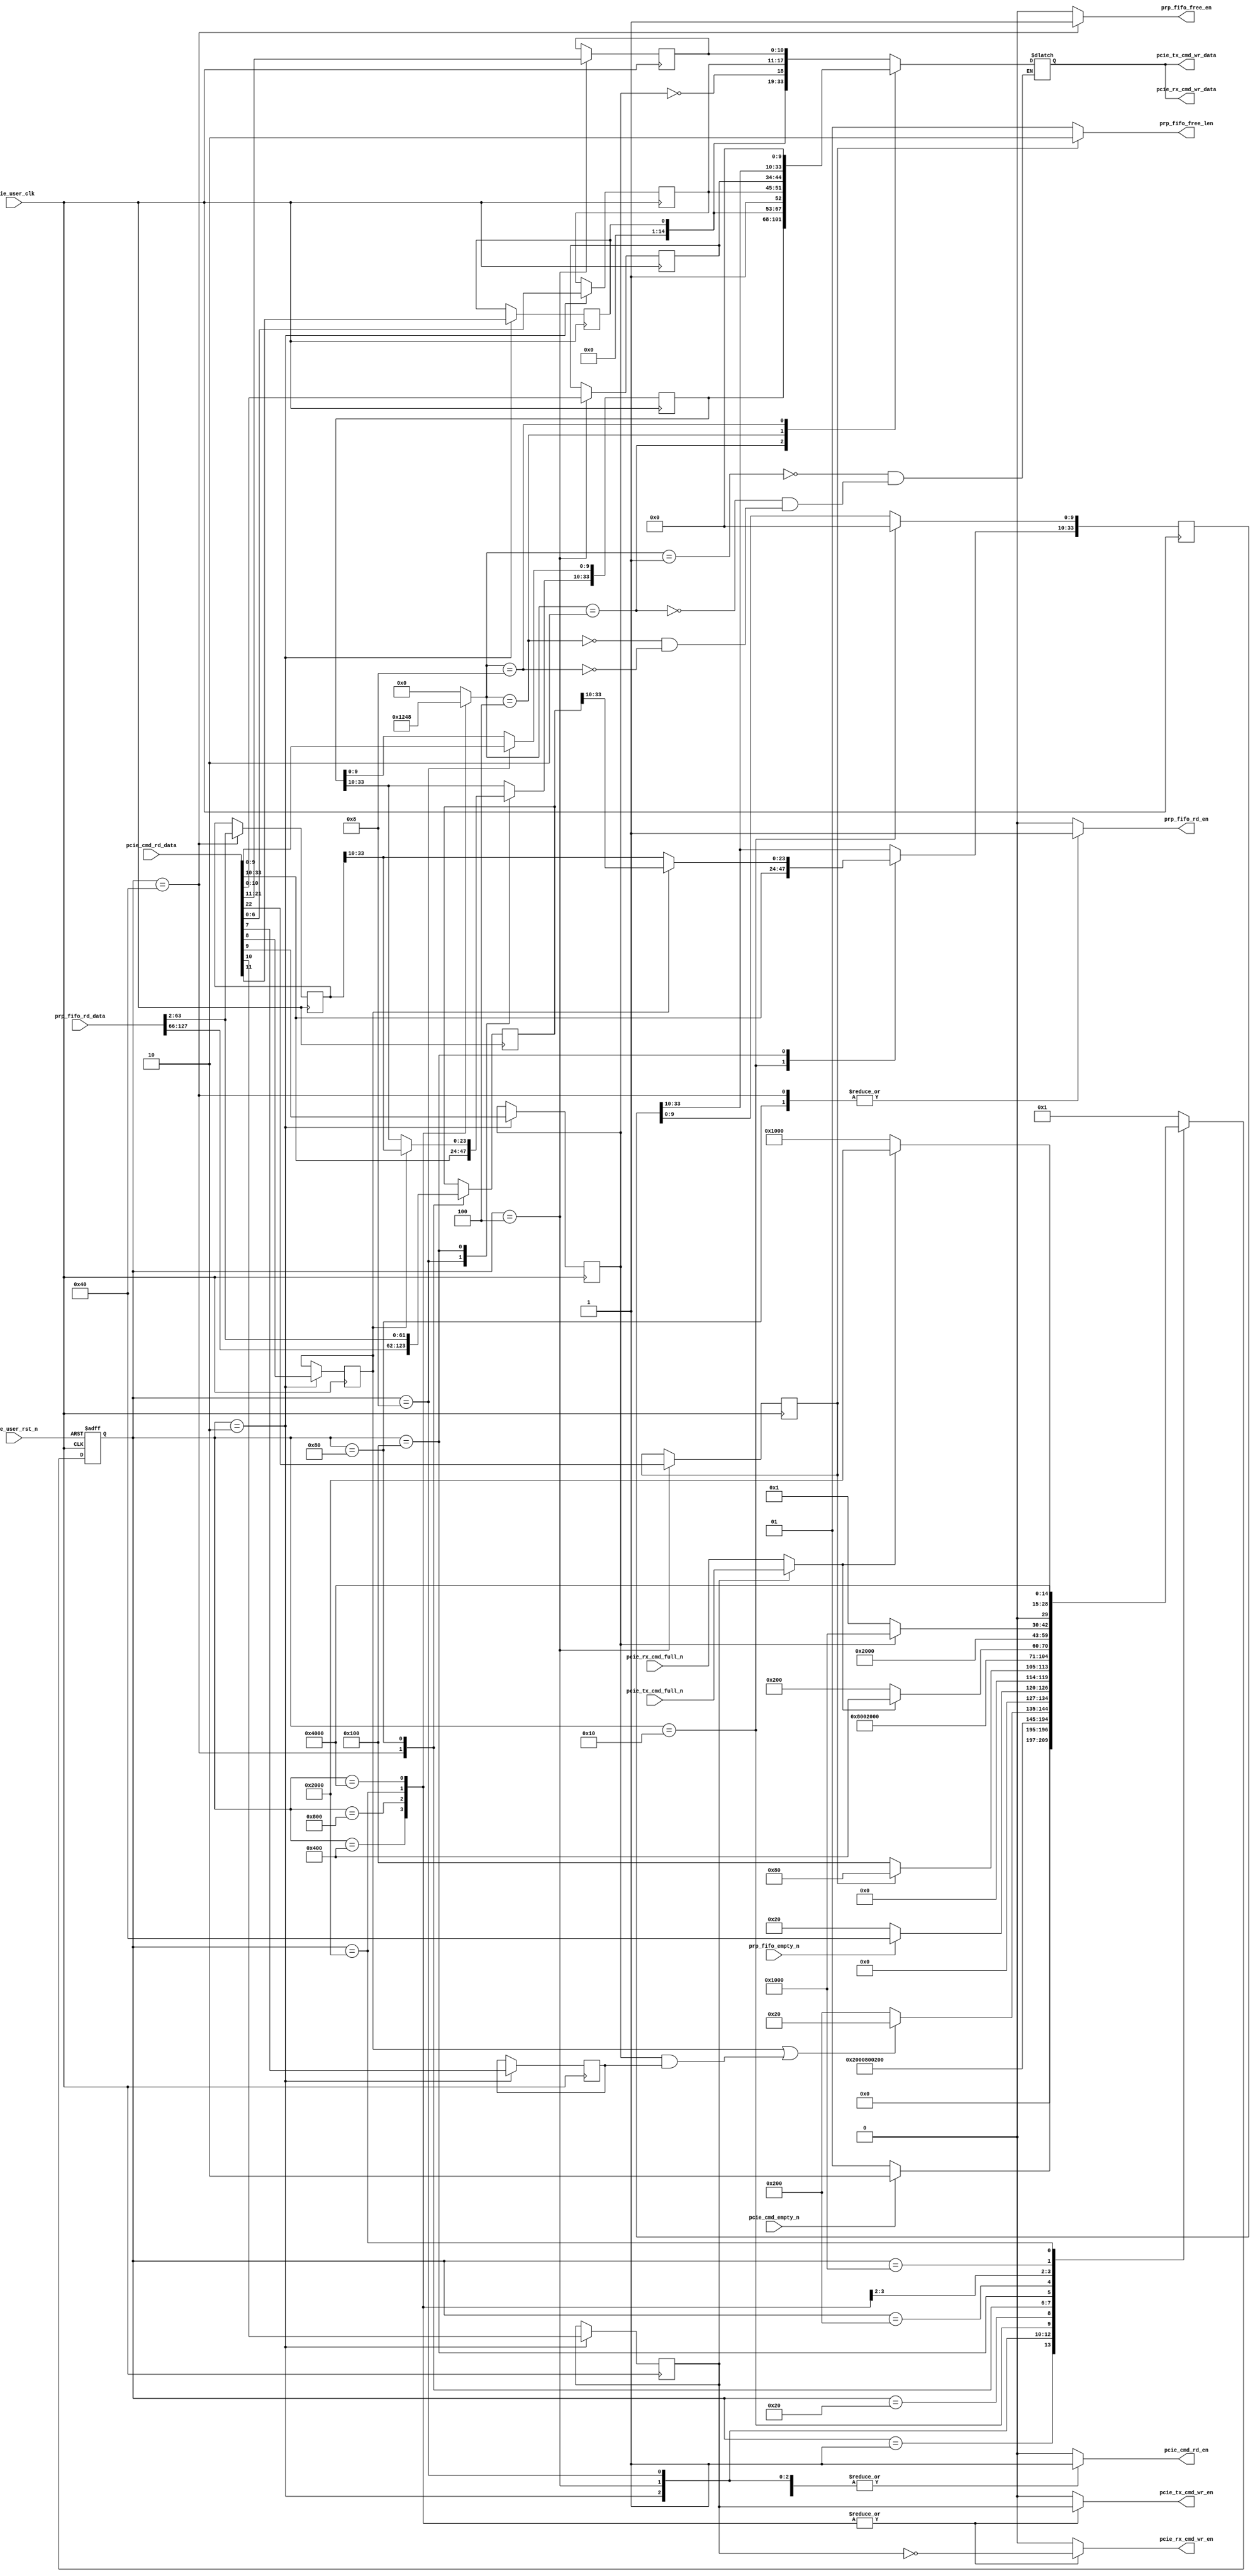

/*
----------------------------------------------------------------------------------
Copyright (c) 2013-2014

  Embedded and Network Computing Lab.
  Open SSD Project
  Hanyang University

All rights reserved.

----------------------------------------------------------------------------------

Redistribution and use in source and binary forms, with or without
modification, are permitted provided that the following conditions are
met:

  1. Redistributions of source code must retain the above copyright
     notice, this list of conditions and the following disclaimer.

  2. Redistributions in binary form must reproduce the above copyright
     notice, this list of conditions and the following disclaimer in the
     documentation and/or other materials provided with the distribution.

  3. All advertising materials mentioning features or use of this source code
     must display the following acknowledgement:
     This product includes source code developed 
     by the Embedded and Network Computing Lab. and the Open SSD Project.

THIS SOFTWARE IS PROVIDED BY THE COPYRIGHT HOLDERS AND CONTRIBUTORS "AS IS" AND
ANY EXPRESS OR IMPLIED WARRANTIES, INCLUDING, BUT NOT LIMITED TO, THE IMPLIED
WARRANTIES OF MERCHANTABILITY AND FITNESS FOR A PARTICULAR PURPOSE ARE
DISCLAIMED. IN NO EVENT SHALL THE COPYRIGHT OWNER OR CONTRIBUTORS BE LIABLE FOR
ANY DIRECT, INDIRECT, INCIDENTAL, SPECIAL, EXEMPLARY, OR CONSEQUENTIAL DAMAGES
(INCLUDING, BUT NOT LIMITED TO, PROCUREMENT OF SUBSTITUTE GOODS OR SERVICES;
LOSS OF USE, DATA, OR PROFITS; OR BUSINESS INTERRUPTION) HOWEVER CAUSED AND
ON ANY THEORY OF LIABILITY, WHETHER IN CONTRACT, STRICT LIABILITY, OR TORT
(INCLUDING NEGLIGENCE OR OTHERWISE) ARISING IN ANY WAY OUT OF THE USE OF THIS
SOFTWARE, EVEN IF ADVISED OF THE POSSIBILITY OF SUCH DAMAGE.

----------------------------------------------------------------------------------

http://enclab.hanyang.ac.kr/
http://www.openssd-project.org/
http://www.hanyang.ac.kr/

----------------------------------------------------------------------------------
*/


`timescale 1ns / 1ps

module pcie_dma_cmd_gen # (
	parameter	C_PCIE_DATA_WIDTH			= 128,
	parameter	C_PCIE_ADDR_WIDTH			= 36
)
(
	input									pcie_user_clk,
	input									pcie_user_rst_n,

	output									pcie_cmd_rd_en,
	input	[33:0]							pcie_cmd_rd_data,
	input									pcie_cmd_empty_n,

	output									prp_fifo_rd_en,
	input	[C_PCIE_DATA_WIDTH-1:0]			prp_fifo_rd_data,
	output									prp_fifo_free_en,
	output	[5:4]							prp_fifo_free_len,
	input									prp_fifo_empty_n,

	output									pcie_rx_cmd_wr_en,
	output	[33:0]							pcie_rx_cmd_wr_data,
	input									pcie_rx_cmd_full_n,

	output									pcie_tx_cmd_wr_en,
	output	[33:0]							pcie_tx_cmd_wr_data,
	input									pcie_tx_cmd_full_n
);

localparam	S_IDLE							= 15'b000000000000001;
localparam	S_CMD0							= 15'b000000000000010;
localparam	S_CMD1							= 15'b000000000000100;
localparam	S_CMD2							= 15'b000000000001000;
localparam	S_CMD3							= 15'b000000000010000;
localparam	S_CHECK_PRP_FIFO				= 15'b000000000100000;
localparam	S_RD_PRP0						= 15'b000000001000000;
localparam	S_RD_PRP1						= 15'b000000010000000;
localparam	S_PCIE_PRP						= 15'b000000100000000;
localparam	S_CHECK_PCIE_CMD_FIFO0			= 15'b000001000000000;
localparam	S_PCIE_CMD0						= 15'b000010000000000;
localparam	S_PCIE_CMD1						= 15'b000100000000000;
localparam	S_CHECK_PCIE_CMD_FIFO1			= 15'b001000000000000;
localparam	S_PCIE_CMD2						= 15'b010000000000000;
localparam	S_PCIE_CMD3						= 15'b100000000000000;

reg		[14:0]								cur_state;
reg		[14:0]								next_state;

reg											r_dma_cmd_type;
reg											r_dma_cmd_dir;
reg											r_2st_valid;
reg											r_1st_mrd_need;
reg											r_2st_mrd_need;
reg		[6:0]								r_hcmd_slot_tag;
reg											r_pcie_rcb_cross;
reg		[12:2]								r_1st_4b_len;
reg		[12:2]								r_2st_4b_len;
reg		[C_PCIE_ADDR_WIDTH-1:2]				r_hcmd_prp_1;
reg		[C_PCIE_ADDR_WIDTH-1:2]				r_hcmd_prp_2;
reg		[63:2]								r_prp_1;
reg		[63:2]								r_prp_2;

reg											r_pcie_cmd_rd_en;

reg											r_prp_fifo_rd_en;
reg											r_prp_fifo_free_en;

reg											r_pcie_rx_cmd_wr_en;
reg											r_pcie_tx_cmd_wr_en;
reg		[3:0]								r_pcie_cmd_wr_data_sel;
reg		[33:0]								r_pcie_cmd_wr_data;

wire										w_pcie_cmd_full_n;

assign pcie_cmd_rd_en = r_pcie_cmd_rd_en;

assign prp_fifo_rd_en = r_prp_fifo_rd_en;
assign prp_fifo_free_en = r_prp_fifo_free_en;
assign prp_fifo_free_len = (r_pcie_rcb_cross == 0) ? 2'b01 : 2'b10;

assign pcie_rx_cmd_wr_en = r_pcie_rx_cmd_wr_en;
assign pcie_rx_cmd_wr_data = r_pcie_cmd_wr_data;
assign pcie_tx_cmd_wr_en = r_pcie_tx_cmd_wr_en;
assign pcie_tx_cmd_wr_data = r_pcie_cmd_wr_data;

always @ (posedge pcie_user_clk or negedge pcie_user_rst_n)
begin
	if(pcie_user_rst_n == 0)
		cur_state <= S_IDLE;
	else
		cur_state <= next_state;
end

assign w_pcie_cmd_full_n = (r_dma_cmd_dir == 1'b1) ? pcie_tx_cmd_full_n : pcie_rx_cmd_full_n;

always @ (*)
begin
	case(cur_state)
		S_IDLE: begin
			if(pcie_cmd_empty_n == 1'b1)
				next_state <= S_CMD0;
			else
				next_state <= S_IDLE;
		end
		S_CMD0: begin
			next_state <= S_CMD1;
		end
		S_CMD1: begin
			next_state <= S_CMD2;
		end
		S_CMD2: begin
			next_state <= S_CMD3;
		end
		S_CMD3: begin
			if((r_1st_mrd_need | (r_2st_valid & r_2st_mrd_need)) == 1'b1)
				next_state <= S_CHECK_PRP_FIFO;
			else
				next_state <= S_CHECK_PCIE_CMD_FIFO0;
		end
		S_CHECK_PRP_FIFO: begin
			if(prp_fifo_empty_n == 1)
				next_state <= S_RD_PRP0;
			else
				next_state <= S_CHECK_PRP_FIFO;
		end
		S_RD_PRP0: begin
			if(r_pcie_rcb_cross == 1)
				next_state <= S_RD_PRP1;
			else
				next_state <= S_PCIE_PRP;
		end
		S_RD_PRP1: begin
			next_state <= S_PCIE_PRP;
		end
		S_PCIE_PRP: begin
			next_state <= S_CHECK_PCIE_CMD_FIFO0;
		end
		S_CHECK_PCIE_CMD_FIFO0: begin
			if(w_pcie_cmd_full_n == 1'b1)
				next_state <= S_PCIE_CMD0;
			else
				next_state <= S_CHECK_PCIE_CMD_FIFO0;
		end
		S_PCIE_CMD0: begin
			next_state <= S_PCIE_CMD1;
		end
		S_PCIE_CMD1: begin
			if(r_2st_valid == 1'b1)
				next_state <= S_CHECK_PCIE_CMD_FIFO1;
			else
				next_state <= S_IDLE;
		end
		S_CHECK_PCIE_CMD_FIFO1: begin
			if(w_pcie_cmd_full_n == 1'b1)
				next_state <= S_PCIE_CMD2;
			else
				next_state <= S_CHECK_PCIE_CMD_FIFO1;
		end
		S_PCIE_CMD2: begin
			next_state <= S_PCIE_CMD3;
		end
		S_PCIE_CMD3: begin
			next_state <= S_IDLE;
		end
		default: begin
			next_state <= S_IDLE;
		end
	endcase
end

always @ (posedge pcie_user_clk)
begin
	case(cur_state)
		S_IDLE: begin

		end
		S_CMD0: begin
			r_dma_cmd_type <= pcie_cmd_rd_data[11];
			r_dma_cmd_dir <= pcie_cmd_rd_data[10];
			r_2st_valid <= pcie_cmd_rd_data[9];
			r_1st_mrd_need <= pcie_cmd_rd_data[8];
			r_2st_mrd_need <= pcie_cmd_rd_data[7];
			r_hcmd_slot_tag <= pcie_cmd_rd_data[6:0];
		end
		S_CMD1: begin
			r_pcie_rcb_cross <= pcie_cmd_rd_data[22];
			r_1st_4b_len <= pcie_cmd_rd_data[21:11];
			r_2st_4b_len <= pcie_cmd_rd_data[10:0];
		end
		S_CMD2: begin
			r_hcmd_prp_1 <= pcie_cmd_rd_data[33:0];
		end
		S_CMD3: begin
			r_hcmd_prp_2 <= {pcie_cmd_rd_data[33:10], 10'b0};
		end
		S_CHECK_PRP_FIFO: begin

		end
		S_RD_PRP0: begin
			r_prp_1 <= prp_fifo_rd_data[63:2];
			r_prp_2 <= prp_fifo_rd_data[127:66];
		end
		S_RD_PRP1: begin
			r_prp_2 <= prp_fifo_rd_data[63:2];
		end
		S_PCIE_PRP: begin
			if(r_1st_mrd_need == 1) begin
				r_hcmd_prp_1[C_PCIE_ADDR_WIDTH-1:12] <= r_prp_1[C_PCIE_ADDR_WIDTH-1:12];
				r_hcmd_prp_2[C_PCIE_ADDR_WIDTH-1:12] <= r_prp_2[C_PCIE_ADDR_WIDTH-1:12];
			end
			else begin
				r_hcmd_prp_2[C_PCIE_ADDR_WIDTH-1:12] <= r_prp_1[C_PCIE_ADDR_WIDTH-1:12];
			end
		end
		S_CHECK_PCIE_CMD_FIFO0: begin

		end
		S_PCIE_CMD0: begin

		end
		S_PCIE_CMD1: begin

		end
		S_CHECK_PCIE_CMD_FIFO1: begin

		end
		S_PCIE_CMD2: begin

		end
		S_PCIE_CMD3: begin

		end
		default: begin

		end
	endcase
end

always @ (*)
begin
	case(r_pcie_cmd_wr_data_sel)  // synthesis parallel_case full_case
		4'b0001: r_pcie_cmd_wr_data <= {14'b0, r_dma_cmd_type, ~r_2st_valid, r_hcmd_slot_tag, r_1st_4b_len};
		4'b0010: r_pcie_cmd_wr_data <= r_hcmd_prp_1;
		4'b0100: r_pcie_cmd_wr_data <= {14'b0, r_dma_cmd_type, 1'b1, r_hcmd_slot_tag, r_2st_4b_len};
		4'b1000: r_pcie_cmd_wr_data <= {r_hcmd_prp_2[C_PCIE_ADDR_WIDTH-1:12], 10'b0};
	endcase
end

always @ (*)
begin
	case(cur_state)
		S_IDLE: begin
			r_pcie_cmd_rd_en <= 0;
			r_prp_fifo_rd_en <= 0;
			r_prp_fifo_free_en <= 0;
			r_pcie_rx_cmd_wr_en <= 0;
			r_pcie_tx_cmd_wr_en <= 0;
			r_pcie_cmd_wr_data_sel <= 4'b0000;
		end
		S_CMD0: begin
			r_pcie_cmd_rd_en <= 1;
			r_prp_fifo_rd_en <= 0;
			r_prp_fifo_free_en <= 0;
			r_pcie_rx_cmd_wr_en <= 0;
			r_pcie_tx_cmd_wr_en <= 0;
			r_pcie_cmd_wr_data_sel <= 4'b0000;
		end
		S_CMD1: begin
			r_pcie_cmd_rd_en <= 1;
			r_prp_fifo_rd_en <= 0;
			r_prp_fifo_free_en <= 0;
			r_pcie_rx_cmd_wr_en <= 0;
			r_pcie_tx_cmd_wr_en <= 0;
			r_pcie_cmd_wr_data_sel <= 4'b0000;
		end
		S_CMD2: begin
			r_pcie_cmd_rd_en <= 1;
			r_prp_fifo_rd_en <= 0;
			r_prp_fifo_free_en <= 0;
			r_pcie_rx_cmd_wr_en <= 0;
			r_pcie_tx_cmd_wr_en <= 0;
			r_pcie_cmd_wr_data_sel <= 4'b0000;
		end
		S_CMD3: begin
			r_pcie_cmd_rd_en <= 1;
			r_prp_fifo_rd_en <= 0;
			r_prp_fifo_free_en <= 0;
			r_pcie_rx_cmd_wr_en <= 0;
			r_pcie_tx_cmd_wr_en <= 0;
			r_pcie_cmd_wr_data_sel <= 4'b0000;
		end
		S_CHECK_PRP_FIFO: begin
			r_pcie_cmd_rd_en <= 0;
			r_prp_fifo_rd_en <= 0;
			r_prp_fifo_free_en <= 0;
			r_pcie_rx_cmd_wr_en <= 0;
			r_pcie_tx_cmd_wr_en <= 0;
			r_pcie_cmd_wr_data_sel <= 4'b0000;
		end
		S_RD_PRP0: begin
			r_pcie_cmd_rd_en <= 0;
			r_prp_fifo_rd_en <= 1;
			r_prp_fifo_free_en <= 1;
			r_pcie_rx_cmd_wr_en <= 0;
			r_pcie_tx_cmd_wr_en <= 0;
			r_pcie_cmd_wr_data_sel <= 4'b0000;
		end
		S_RD_PRP1: begin
			r_pcie_cmd_rd_en <= 0;
			r_prp_fifo_rd_en <= 1;
			r_prp_fifo_free_en <= 0;
			r_pcie_rx_cmd_wr_en <= 0;
			r_pcie_tx_cmd_wr_en <= 0;
			r_pcie_cmd_wr_data_sel <= 4'b0000;
		end
		S_PCIE_PRP: begin
			r_pcie_cmd_rd_en <= 0;
			r_prp_fifo_rd_en <= 0;
			r_prp_fifo_free_en <= 0;
			r_pcie_rx_cmd_wr_en <= 0;
			r_pcie_tx_cmd_wr_en <= 0;
			r_pcie_cmd_wr_data_sel <= 4'b0000;
		end
		S_CHECK_PCIE_CMD_FIFO0: begin
			r_pcie_cmd_rd_en <= 0;
			r_prp_fifo_rd_en <= 0;
			r_prp_fifo_free_en <= 0;
			r_pcie_rx_cmd_wr_en <= 0;
			r_pcie_tx_cmd_wr_en <= 0;
			r_pcie_cmd_wr_data_sel <= 4'b0000;
		end
		S_PCIE_CMD0: begin
			r_pcie_cmd_rd_en <= 0;
			r_prp_fifo_rd_en <= 0;
			r_prp_fifo_free_en <= 0;
			r_pcie_rx_cmd_wr_en <= ~r_dma_cmd_dir;
			r_pcie_tx_cmd_wr_en <= r_dma_cmd_dir;
			r_pcie_cmd_wr_data_sel <= 4'b0001;
		end
		S_PCIE_CMD1: begin
			r_pcie_cmd_rd_en <= 0;
			r_prp_fifo_rd_en <= 0;
			r_prp_fifo_free_en <= 0;
			r_pcie_rx_cmd_wr_en <= ~r_dma_cmd_dir;
			r_pcie_tx_cmd_wr_en <= r_dma_cmd_dir;
			r_pcie_cmd_wr_data_sel <= 4'b0010;
		end
		S_CHECK_PCIE_CMD_FIFO1: begin
			r_pcie_cmd_rd_en <= 0;
			r_prp_fifo_rd_en <= 0;
			r_prp_fifo_free_en <= 0;
			r_pcie_rx_cmd_wr_en <= 0;
			r_pcie_tx_cmd_wr_en <= 0;
			r_pcie_cmd_wr_data_sel <= 4'b0000;
		end
		S_PCIE_CMD2: begin
			r_pcie_cmd_rd_en <= 0;
			r_prp_fifo_rd_en <= 0;
			r_prp_fifo_free_en <= 0;
			r_pcie_rx_cmd_wr_en <= ~r_dma_cmd_dir;
			r_pcie_tx_cmd_wr_en <= r_dma_cmd_dir;
			r_pcie_cmd_wr_data_sel <= 4'b0100;
		end
		S_PCIE_CMD3: begin
			r_pcie_cmd_rd_en <= 0;
			r_prp_fifo_rd_en <= 0;
			r_prp_fifo_free_en <= 0;
			r_pcie_rx_cmd_wr_en <= ~r_dma_cmd_dir;
			r_pcie_tx_cmd_wr_en <= r_dma_cmd_dir;
			r_pcie_cmd_wr_data_sel <= 4'b1000;
		end
		default: begin
			r_pcie_cmd_rd_en <= 0;
			r_prp_fifo_rd_en <= 0;
			r_prp_fifo_free_en <= 0;
			r_pcie_rx_cmd_wr_en <= 0;
			r_pcie_tx_cmd_wr_en <= 0;
			r_pcie_cmd_wr_data_sel <= 4'b0000;
		end
	endcase
end

endmodule